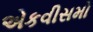
એકવીસમો